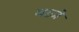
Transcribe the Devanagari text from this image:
वाज़े